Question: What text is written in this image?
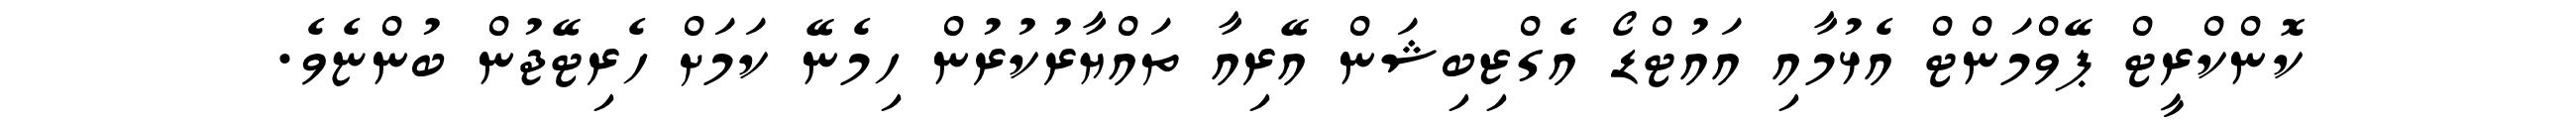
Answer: ކޮންކްރީޓް ޕޭވްމަންޓް އެޅުމާއި އައުޓްޑޯ އެގްޒިބިޝަން އޭރިއާ ތައްޔާރުކުރުން ހިމެނޭ ކަމަށް ހެރިޓޭޖުން ބުންޏެވެ.